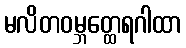
မလိတဝမ္ဘတ္ထေရဂါထာ